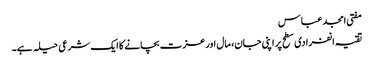
مفتی امجد عباس
تقیہ انفرادی سطح پر اپنی جان، مال اور عزت بچانے کا ایک شرعی حیلہ ہے۔